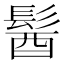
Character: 𩭓